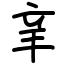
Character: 𨐌